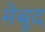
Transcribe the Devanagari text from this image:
मेबूद